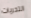
التحريات